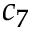
c _ { 7 }